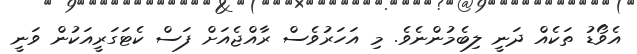
އެވޯޑު ތަކެއް ދަނީ ލިބެމުންނެވެ. މި އަހަރުވެސް ރާއްޖެއަށް ފަސް ކެޓަގަރީއަކުން ވަނީ